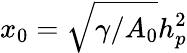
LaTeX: x_{0}=\sqrt{\gamma/A_{0}}h_{p}^{2}